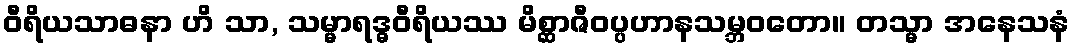
ဝီရိယသာဓနာ ဟိ သာ, သမ္မာရဒ္ဓဝီရိယဿ မိစ္ဆာဇီဝပ္ပဟာနသမ္ဘဝတော။ တသ္မာ အနေသနံ